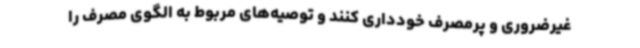
غیرضروری و پرمصرف خودداری کنند و توصیه‌های مربوط به الگوی مصرف را